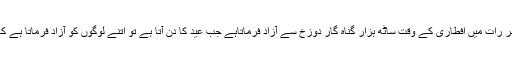
اللہ بزرگ و برتر رمضان شریف کی ہر رات میں افطاری کے وقت ساٹھ ہزار گناہ گار دوزخ سے آزاد فرماتاہے جب عید کا دن آتا ہے تو اتنے لوگوں کو آزاد فرماتا ہے کہ جتنے تمام مہینہ میں آزاد فرماتا ہے۔